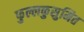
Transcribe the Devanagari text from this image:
फुल्लकुसुमित